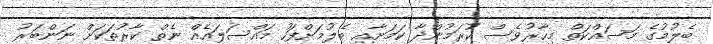
ބެލުމުގެ މަސައްކަތް މިހާރުވެސް ކުރަމުންދާ ކަމަށާއި ބެލުމަށްފަހު މައްސަލައެއް ނެތް ކާރުތަކަށް ނަންބަރު